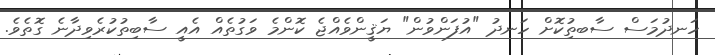
ހަނދުމަސް ސާބތިުކޮށް ހަނދު "އުފަންވުން" ޔަޤީންވެއްޖެ ކޮންމެ ވަގުތެއް އެއީ ސާބިތުކުރެވިދާނެ ގޮތެވެ.